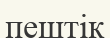
пештік